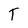
Character: T